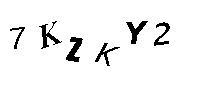
7KZKY2